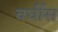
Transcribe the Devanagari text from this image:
वर्घीस